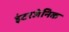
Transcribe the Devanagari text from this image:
इंटरजेनिक